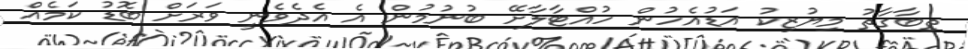
ތިބާގާތު މިޔުޒިކު އަޑުއެހުން ހުއްޓާލާށޭ ބުނުމުން އެ އެދެވެނީ ވަރަށް ބޮޑު ކަމެއް